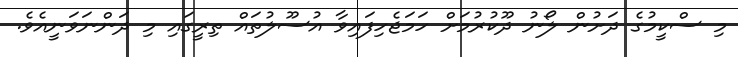
މި ސްކީމުގެ ދަށުން ލޯނު ދޫކުރުމަށް ހަމަޖެހިފައިވާ އުސޫލުތައް ތިރީގައި މި ދަންނަވަނީއެވެ.